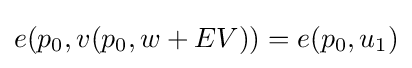
e(p_{0},v(p_{0},w+EV))=e(p_{0},u_{1})